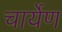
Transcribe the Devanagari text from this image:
चार्येण